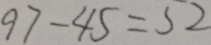
9 7 - 4 5 = 5 2